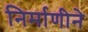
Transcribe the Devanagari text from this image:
निर्माणीने